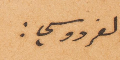
الفردوسي: